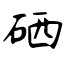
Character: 硒